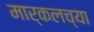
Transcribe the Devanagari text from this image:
मार्कलच्या